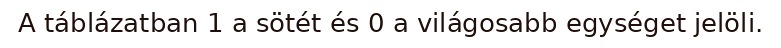
A táblázatban 1 a sötét és 0 a világosabb egységet jelöli.